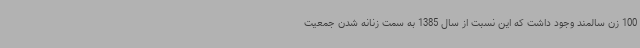
100 زن سالمند وجود داشت که این نسبت از سال 1385 به سمت زنانه شدن جمعیت